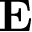
\bf { E }